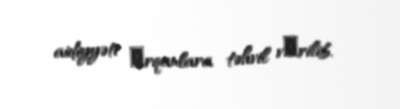
aidiyyəti оrqanlara təhvil vеrilib.